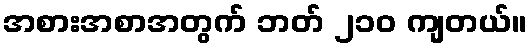
အစားအစာအတွက် ဘတ် ၂၁၀ ကျတယ်။